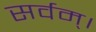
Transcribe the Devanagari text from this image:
सर्वम्।